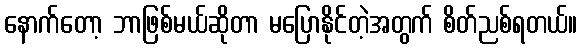
နောက်တော့ ဘာဖြစ်မယ်ဆိုတာ မပြောနိုင်တဲ့အတွက် စိတ်ညစ်ရတယ်။